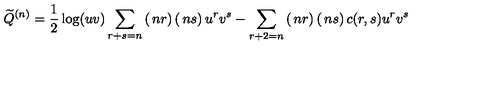
{ \widetilde Q } ^ { ( n ) } = \frac { 1 } { 2 } \log ( u v ) \sum _ { r + s = n } \left( \begin{matrix} { n } \\ { r } \\ \end{matrix} \right) \left( \begin{matrix} { n } \\ { s } \\ \end{matrix} \right) u ^ { r } v ^ { s } - \sum _ { r + 2 = n } \left( \begin{matrix} { n } \\ { r } \\ \end{matrix} \right) \left( \begin{matrix} { n } \\ { s } \\ \end{matrix} \right) c ( r , s ) u ^ { r } v ^ { s }